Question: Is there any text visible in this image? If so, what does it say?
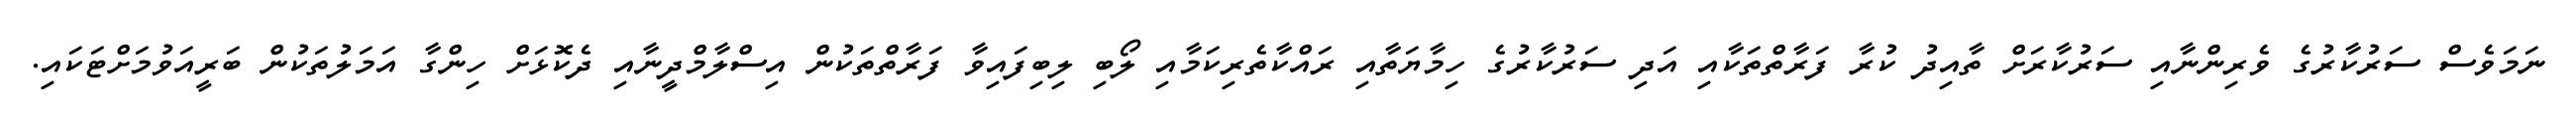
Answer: ނަމަވެސް ސަރުކާރުގެ ވެރިންނާއި ސަރުކާރަށް ތާއިދު ކުރާ ފަރާތްތަކާއި އަދި ސަރުކާރުގެ ހިމާޔަތާއި ރައްކާތެރިކަމާއި ލޯބި ލިބިފައިވާ ފަރާތްތަކުން އިސްލާމްދީނާއި ދެކޮޅަށް ހިންގާ އަމަލުތަކުން ބަރީއަވުމަށްޓަކައި.